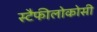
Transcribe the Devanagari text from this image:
स्टैफीलोकोसी